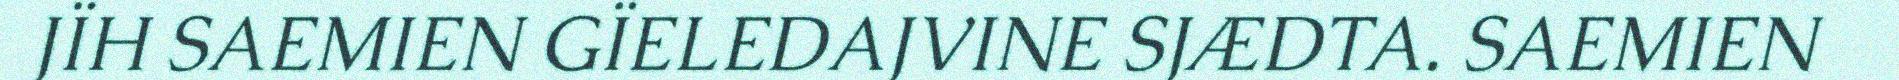
JÏH SAEMIEN GÏELEDAJVINE SJÆDTA. SAEMIEN